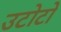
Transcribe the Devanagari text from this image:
उटोटो